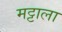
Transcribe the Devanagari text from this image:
मट्टाला